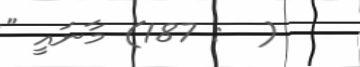
(  : 187) މާނައީ "